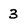
Character: 3